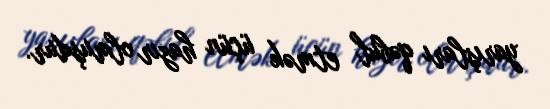
yarışları qəbul etmək üçün hazır olmuşdur.